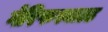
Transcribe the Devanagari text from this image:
गेरिफस्वाल्ड